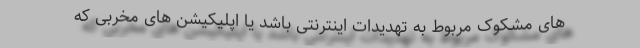
های مشکوک مربوط به تهدیدات اینترنتی باشد یا اپلیکیشن های مخربی که